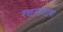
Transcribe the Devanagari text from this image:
रक्तपाताचा